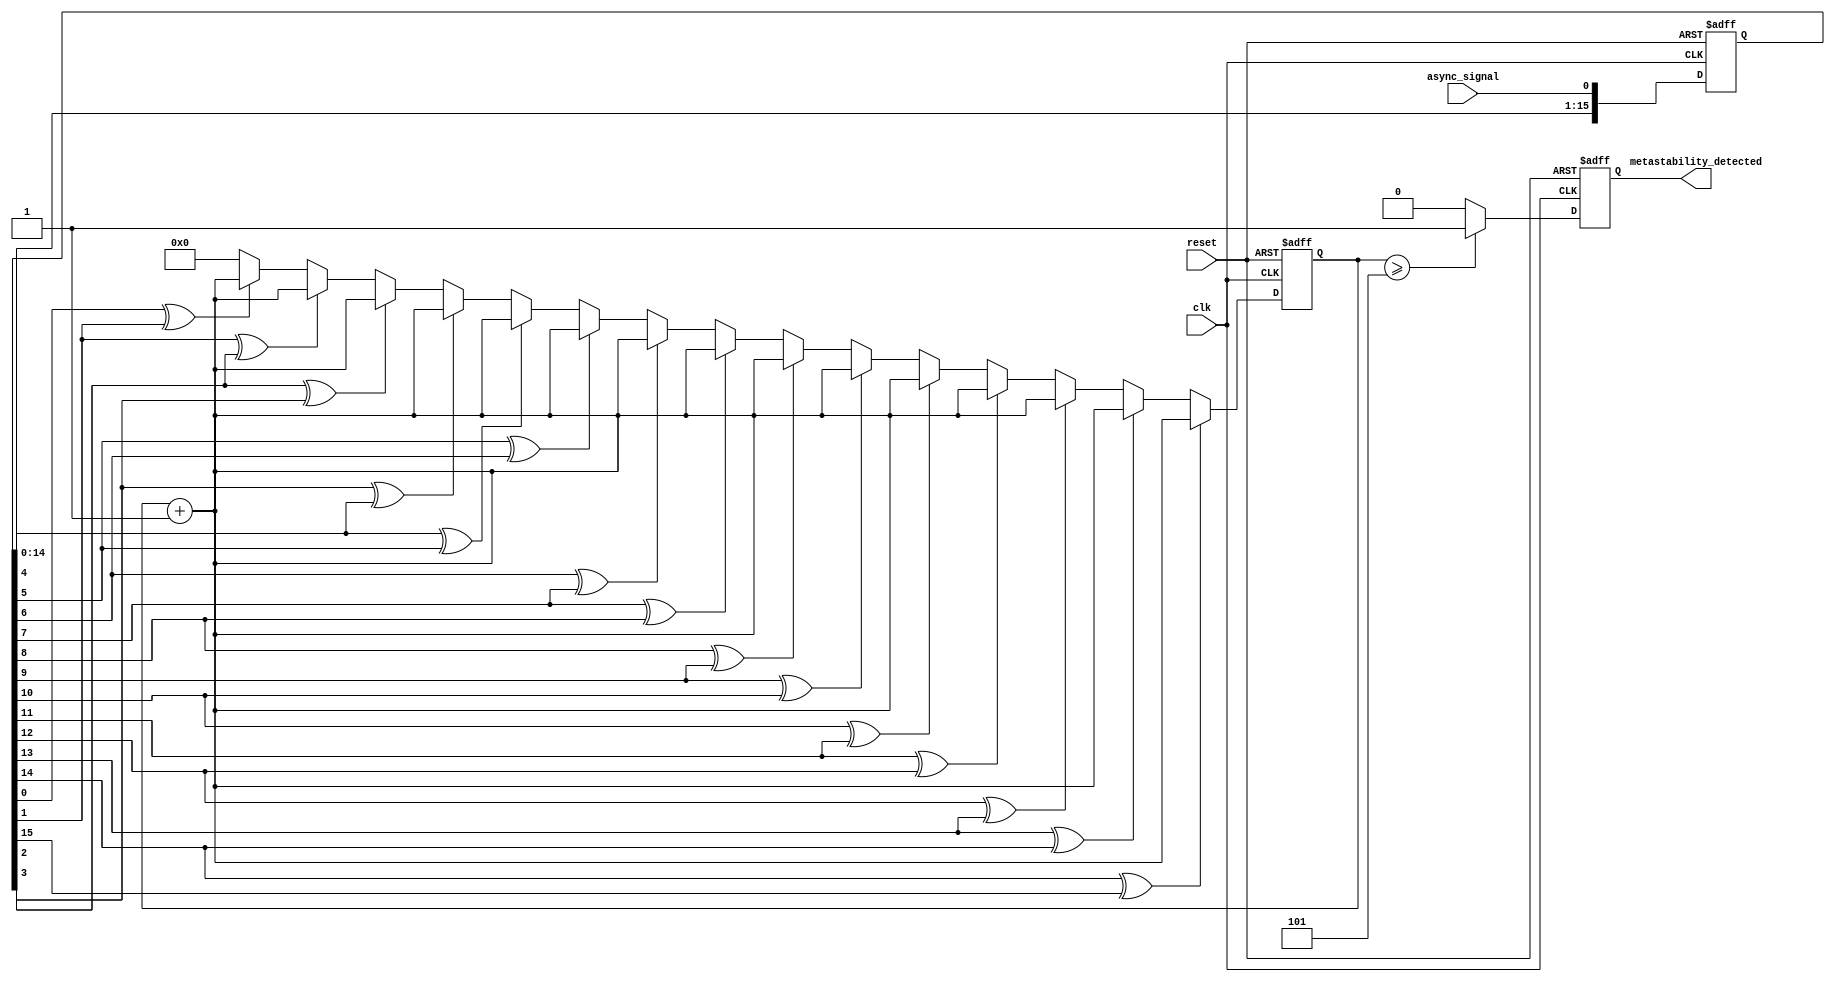
module MetastabilityDetector (
    input wire clk,                // Sampling clock
    input wire reset,              // Global reset
    input wire async_signal,       // Asynchronous input signal
    output reg metastability_detected // Metastability detection output
);

// Parameters
parameter SAMPLE_SIZE = 16;     // Number of samples
parameter TRANSITION_THRESHOLD = 5; // Transition threshold for detection

// Internal signals
reg [SAMPLE_SIZE-1:0] samples;   // Shift register for sampled values
reg [3:0] count;                  // Transition count
integer i;

// Sampling mechanism: shift register
always @(posedge clk or posedge reset) begin
    if (reset) begin
        samples <= 0;
        count <= 0;
        metastability_detected <= 0;
    end else begin
        samples <= {samples[SAMPLE_SIZE-2:0], async_signal}; // Shift in new sample
        // Count transitions between consecutive samples
        count <= 0; // Reset transition count
        for (i = 0; i < SAMPLE_SIZE - 1; i = i + 1) begin
            if (samples[i] ^ samples[i + 1]) begin // Check for transition
                count <= count + 1; // Increment transition count
            end
        end

        // Metastability detection logic
        if (count >= TRANSITION_THRESHOLD) begin
            metastability_detected <= 1; // Detected metastability
        end else begin
            metastability_detected <= 0; // Stable state
        end
    end
end

endmodule